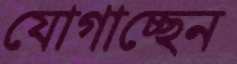
যোগাচ্ছেন